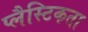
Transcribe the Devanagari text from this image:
प्लैस्टिकता